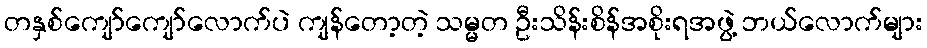
တနှစ်ကျော်ကျော်လောက်ပဲ ကျန်တော့တဲ့ သမ္မတ ဦးသိန်းစိန်အစိုးရအဖွဲ့ ဘယ်လောက်များ